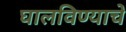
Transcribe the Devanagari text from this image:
घालविण्याचे